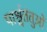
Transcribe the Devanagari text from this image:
पार्श्वतंतुओं